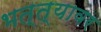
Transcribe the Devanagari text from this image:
भत्त्यावर